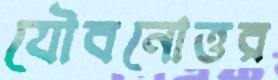
যৌবনোত্তর